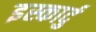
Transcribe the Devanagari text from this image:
इस्कार्दु